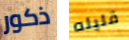
ذكور قليله